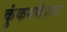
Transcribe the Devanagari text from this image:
कुंकमकेशरा